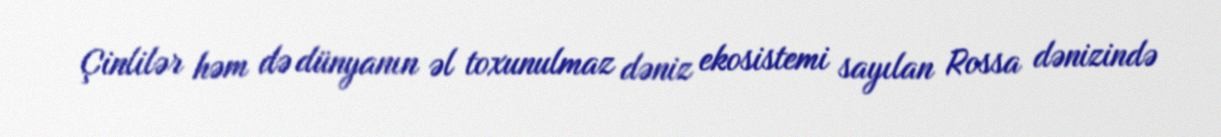
Çinlilər həm də dünyanın əl toxunulmaz dəniz ekosistemi sayılan Rossa dənizində